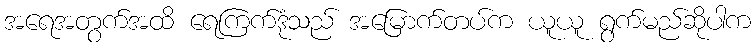
အရေအတွက်အထိ ရေကြက်ဒုံသည် အမြောက်တပ်က ယူယူ ရွက်မည်ဆိုပါက